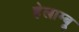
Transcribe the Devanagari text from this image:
हेलाम्बू